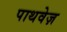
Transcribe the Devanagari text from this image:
पाथवेज़